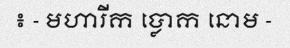
៖ - មហារីក ប្លោក នោម -